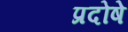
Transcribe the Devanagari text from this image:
प्रदोषे